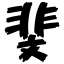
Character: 斐